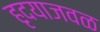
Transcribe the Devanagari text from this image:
हृदयाजवळ